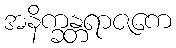
အနိက္ခန္တရာဇကေ